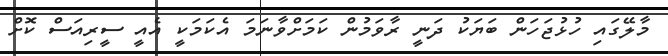
މާލޭގައި ހުޅުޖަހަން ބަޔަކު ދަނީ ރާވަމުން ކަމަށްވާނަމަ އެކަމަކީ އެއީ ސީރިއަސް ކޮށް